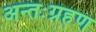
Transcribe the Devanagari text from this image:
अन्तःग्रहण